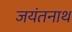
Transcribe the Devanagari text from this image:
जयंतनाथ